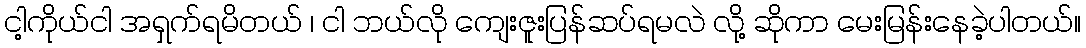
ငါ့ကိုယ်ငါ အရှက်ရမိတယ် ၊ ငါ ဘယ်လို ကျေးဇူးပြန်ဆပ်ရမလဲ လို့ ဆိုကာ မေးမြန်းနေခဲ့ပါတယ်။